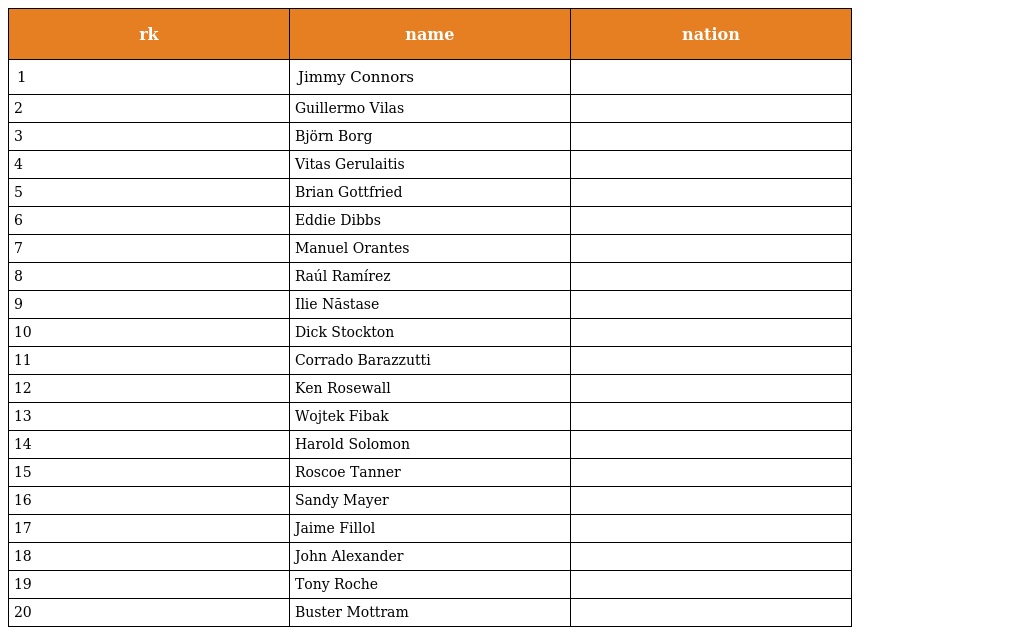
| rk | name | nation |
 | --- | --- | --- |
 | 1 | Jimmy Connors |  |
 | 2 | Guillermo Vilas |  |
 | 3 | Björn Borg |  |
 | 4 | Vitas Gerulaitis |  |
 | 5 | Brian Gottfried |  |
 | 6 | Eddie Dibbs |  |
 | 7 | Manuel Orantes |  |
 | 8 | Raúl Ramírez |  |
 | 9 | Ilie Năstase |  |
 | 10 | Dick Stockton |  |
 | 11 | Corrado Barazzutti |  |
 | 12 | Ken Rosewall |  |
 | 13 | Wojtek Fibak |  |
 | 14 | Harold Solomon |  |
 | 15 | Roscoe Tanner |  |
 | 16 | Sandy Mayer |  |
 | 17 | Jaime Fillol |  |
 | 18 | John Alexander |  |
 | 19 | Tony Roche |  |
 | 20 | Buster Mottram |  |